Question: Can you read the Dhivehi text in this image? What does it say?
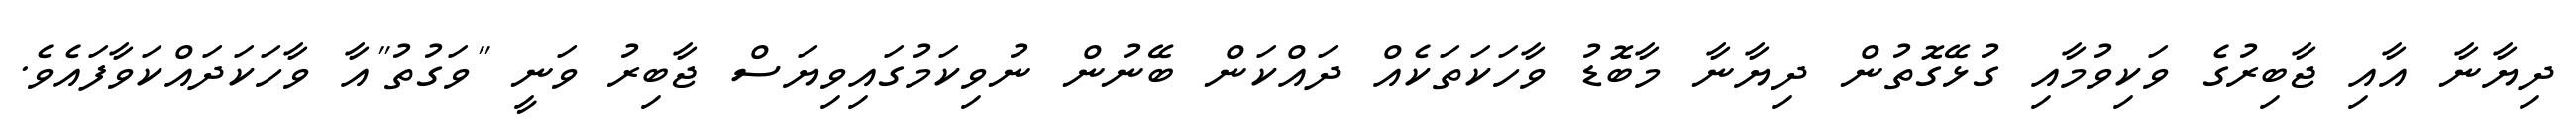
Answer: ދިޔާނާ އާއި ޖާބިރުގެ ވަކިވުމާއި ގުޅޭގޮތުން ދިޔާނާ މާބޮޑު ވާހަކަތަކެއް ދައްކަން ބޭނުން ނުވިކަމުގައިވިޔަސް ޖާބިރު ވަނީ "ވަގުތު"އާ ވާހަކަދައްކަވާފައެވެ.